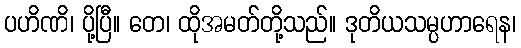
ပဟိဏိ၊ ပို့ပြီ။ တေ၊ ထိုအမတ်တို့သည်။ ဒုတိယသမ္ပဟာရေန၊